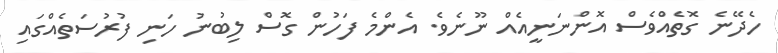
ހެދޭނެ ގޮތެއްވެސް އޮންނަނީއެއް ނޫނެވެ. އެންމެ ފަހުން ގޮސް ލިބުނު ހަނި ފުރުސަތެއްގައި